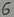
Text: 6